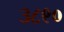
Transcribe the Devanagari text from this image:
३८९०